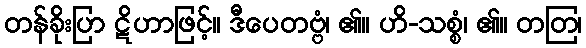
တန်ခိုးပြာ ဋိဟာဖြင့်။ ဒီပေတဗ္ဗံ၊ ၏။ ဟိ-သစ္စံ၊ ၏။ တတြ၊